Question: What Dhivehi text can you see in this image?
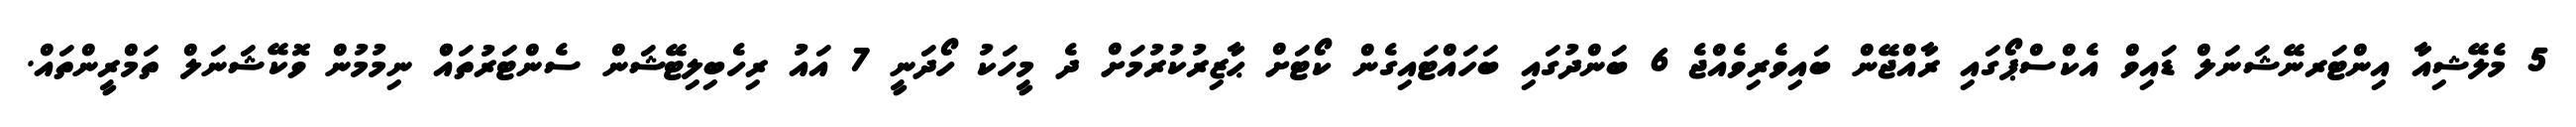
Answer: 5 މެލޭޝިއާ އިންޓަރނޭޝަނަލް ޑައިވް އެކްސްޕޯގައި ރާއްޖޭން ބައިވެރިވެއްޖެ 6 ބަންދުގައި ބަހައްޓައިގެން ކޯޓަށް ޙާޒިރުކުރުމަށް ދެ މީހަކު ހޯދަނީ 7 އައު ރިހެބިލިޓޭޝަން ސެންޓަރުތައްް ނިމުމުން ވޮކޭޝަނަލް ތަމްރީންތައް.